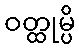
ဝတ္ထုမ္ပိ